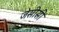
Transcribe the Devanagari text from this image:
जेसीसी